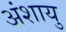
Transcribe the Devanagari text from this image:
अंशायु